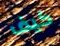
كيف